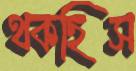
থকছিস